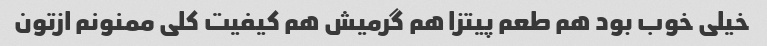
خیلی خوب بود هم طعم پیتزا هم گرمیش هم کیفیت کلی ممنونم ازتون